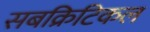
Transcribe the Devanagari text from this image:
सबक्रिटिकल